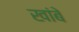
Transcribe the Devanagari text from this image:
खांबे